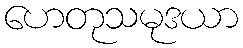
ဟေတုသမုဒယာ